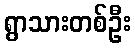
ရွာသားတစ်ဦး